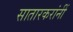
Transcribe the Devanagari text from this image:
सातारकरांनीं